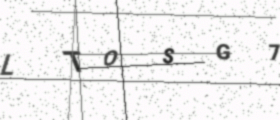
Text: LTOSG7